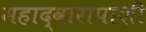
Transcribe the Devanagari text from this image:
महाद्वारापाशी